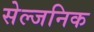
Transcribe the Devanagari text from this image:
सेल्जनिक